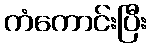
ကံကောင်းပြီး